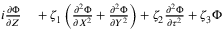
\begin{array} { r l } { i \frac { \partial \Phi } { \partial Z } } & { { } + \zeta _ { 1 } \left( \frac { \partial ^ { 2 } \Phi } { \partial X ^ { 2 } } + \frac { \partial ^ { 2 } \Phi } { \partial Y ^ { 2 } } \right) + \zeta _ { 2 } \frac { \partial ^ { 2 } \Phi } { \partial \tau ^ { 2 } } + \zeta _ { 3 } \Phi } \end{array}